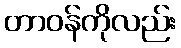
တာဝန်ကိုလည်း